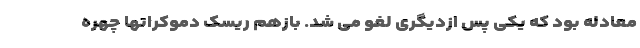
معادله بود که یکی پس ازدیگری لغو می شد. بازهم ریسک دموکراتها چهره